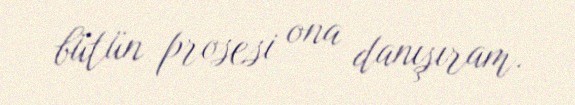
bütün prosesi ona danışıram.